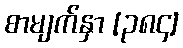
စာမျက်နှာ [၃၈၄]